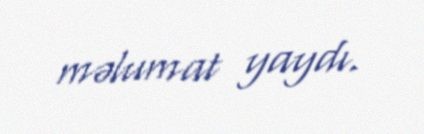
məlumat yaydı.